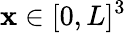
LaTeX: \mathbf x\in[0,L]^{3}